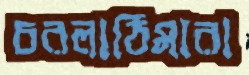
চরলাঠিমারা